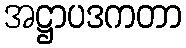
အဋ္ဌာပဒကတာ